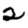
Digit: 2